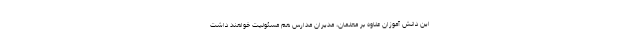
این دانش آموزان علاوه بر معلمان، مدیران مدارس هم مسئولیت خواهند داشت